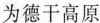
为德干高原